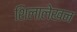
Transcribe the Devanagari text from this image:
शिलालेखन